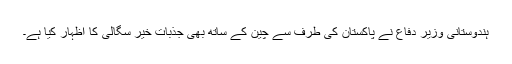
ہندوستانی وزیر دفاع نے پاکستان کی طرف سے چین کے ساتھ بھی جذبات خیر سگالی کا اظہار کیا ہے۔